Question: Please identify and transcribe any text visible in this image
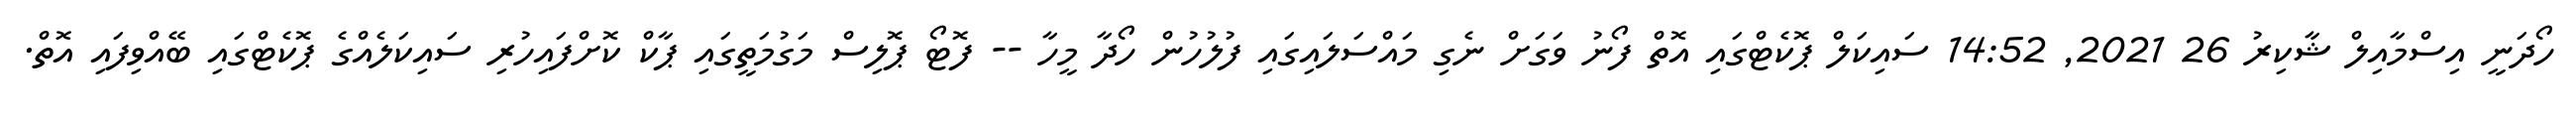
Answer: ހޯދަނީ އިސްމާއިލް ޝާކިރު 26 2021, 14:52 ސައިކަލް ޕޮކެޓްގައި އޮތް ފޯނު ވަގަށް ނެގި މައްސަލައިގައި ފުލުހުން ހޯދާ މީހާ -- ފޮޓޯ ޕޮލިސް މަގުމަތީގައި ޕާކް ކޮށްފައިހުރި ސައިކަލެއްގެ ޕޮކެޓްގައި ބޭއްވިފައި އޮތް.